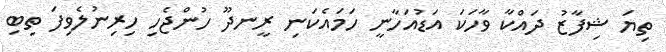
ތިޔަ ޝިފާޒު ދައްކާ ވާހަކަ އަޑުއަހާނީ ހަމައެކަނި ރީނދޫ ހުންޖެހި ހިރިނުލެވިފަ ތިބި